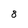
Character: 8